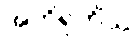
အဘိရုဟိံသု